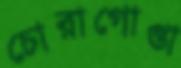
চোরাগোপ্তা